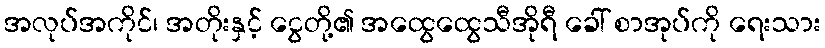
အလုပ်အကိုင်၊ အတိုးနှင့် ငွေတို့၏ အထွေထွေသီအိုရီ ခေါ် စာအုပ်ကို ရေးသား